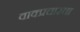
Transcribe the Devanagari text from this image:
वाक्प्रचारचा